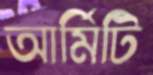
আর্মিটি